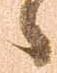
へ